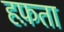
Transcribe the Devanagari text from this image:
हफ़ता